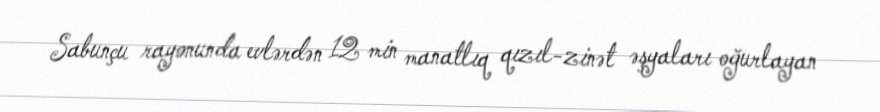
Sabunçu rayonunda evlərdən 12 min manatlıq qızıl-zinət əşyaları oğurlayan